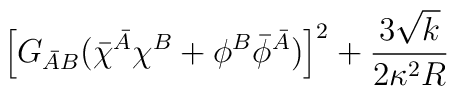
\left[ G_{\bar AB} (\bar\chi^{\bar A}\chi^B +\phi^B \bar\phi^{\bar A})\right]^2 +\frac{3\sqrt{k}}{2\kappa^2 R}